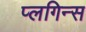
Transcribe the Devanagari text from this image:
प्लगिन्स